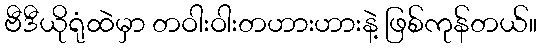
ဗီဒီယိုရုံထဲမှာ တဝါးဝါးတဟားဟားနဲ့ ဖြစ်ကုန်တယ်။